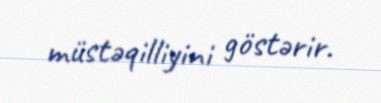
müstəqilliyini göstərir.